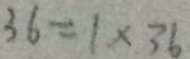
3 6 = 1 \times 3 6